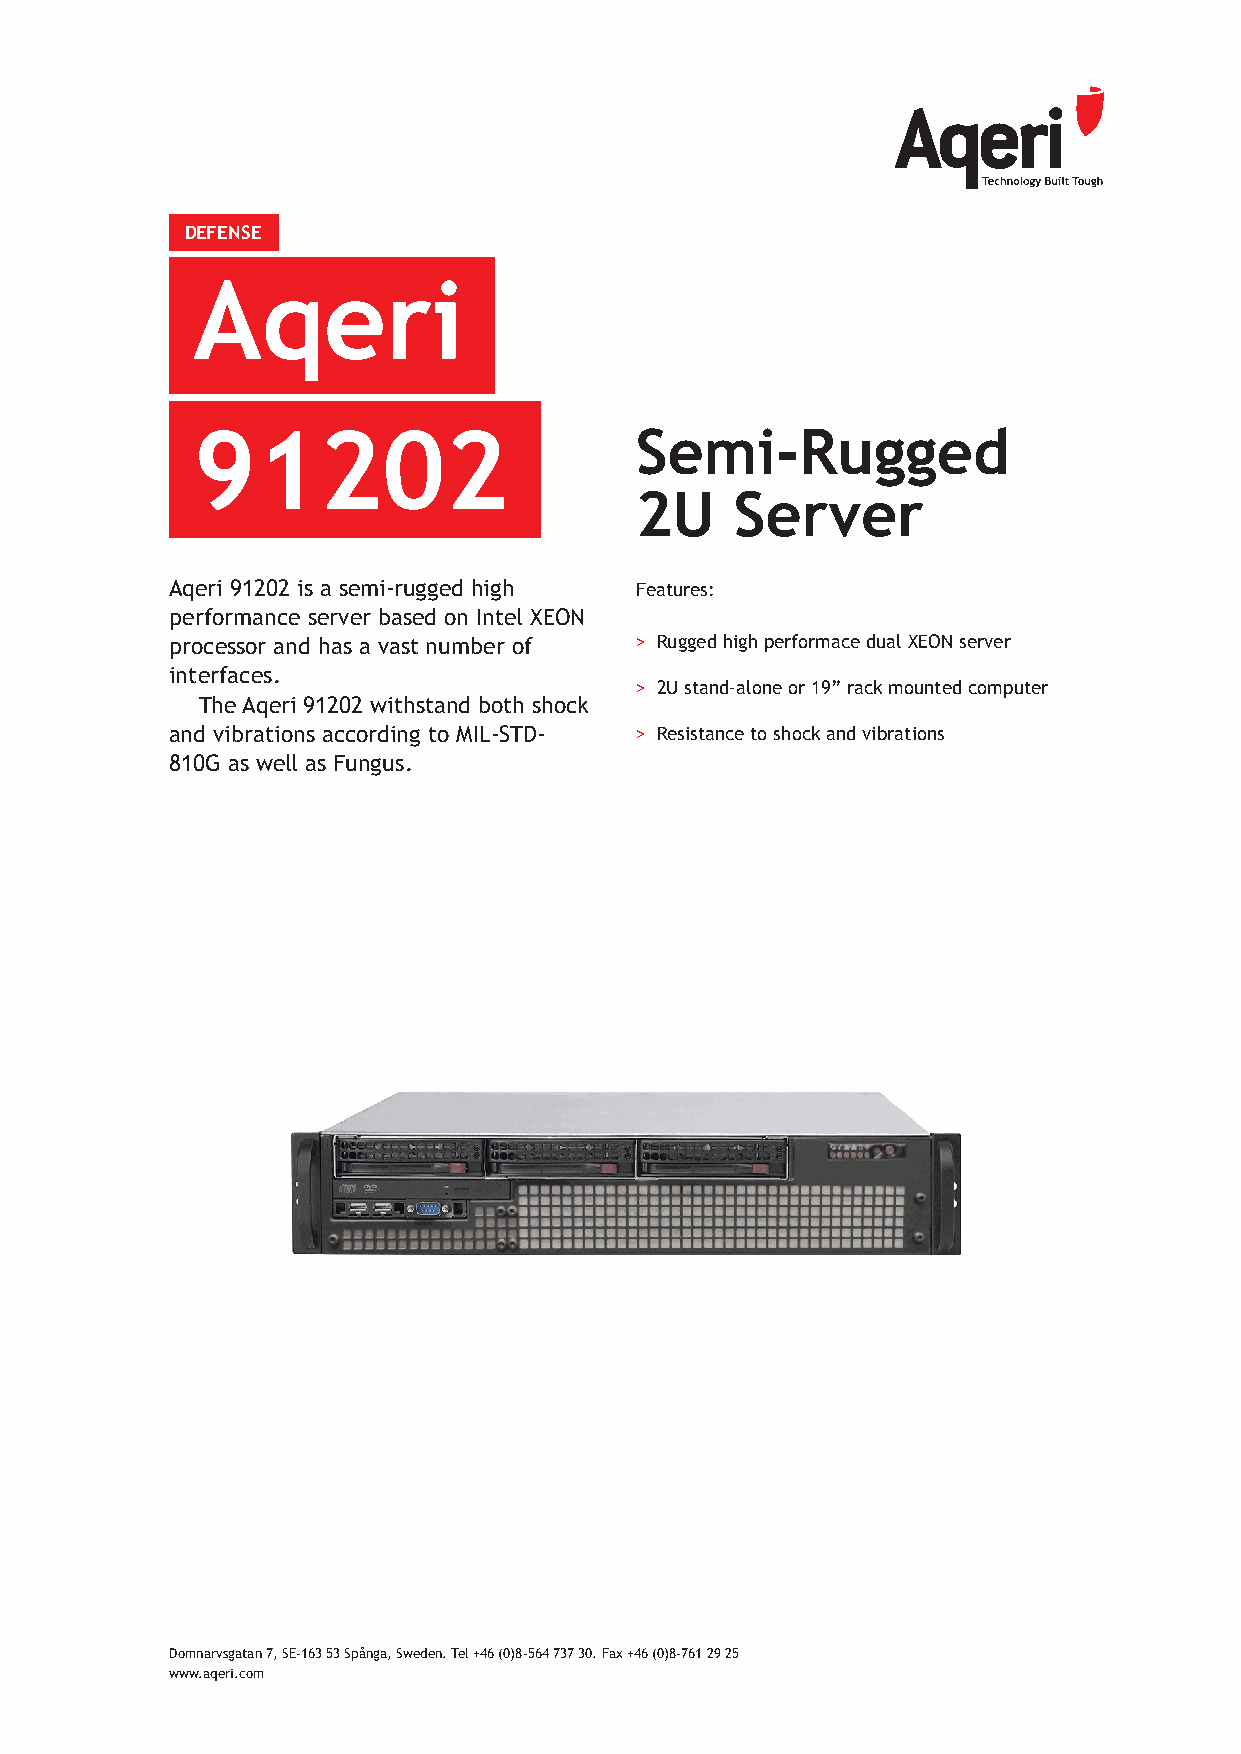
DEFENSE
 Aqeri
 91202                        Semi-Rugged
 2U     Server
 Aqeri 91202 is a semi-rugged high Features:
 performance server based on Intel XEON
 processor and has a vast number of > Rugged high performace dual XEON server
 interfaces.
 > 2U stand-alone or 19” rack mounted computer
 The Aqeri 91202 withstand both shock
 and vibrations according to MIL-STD- > Resistance to shock and vibrations
 810G as well as Fungus.
 Domnarvsgatan 7, SE-163 53 Spånga, Sweden. Tel +46 (0)8-564 737 30. Fax +46 (0)8-761 29 25
 www.aqeri.com